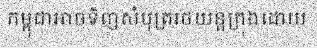
កម្ពុជាអាចទិញសំបុត្ររថយន្តក្រុងដោយ